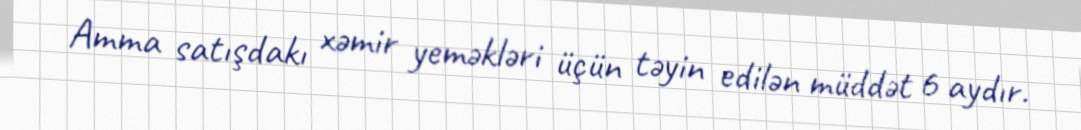
Amma satışdakı xəmir yeməkləri üçün təyin edilən müddət 6 aydır.